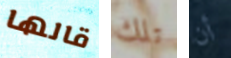
قالها تلك أن